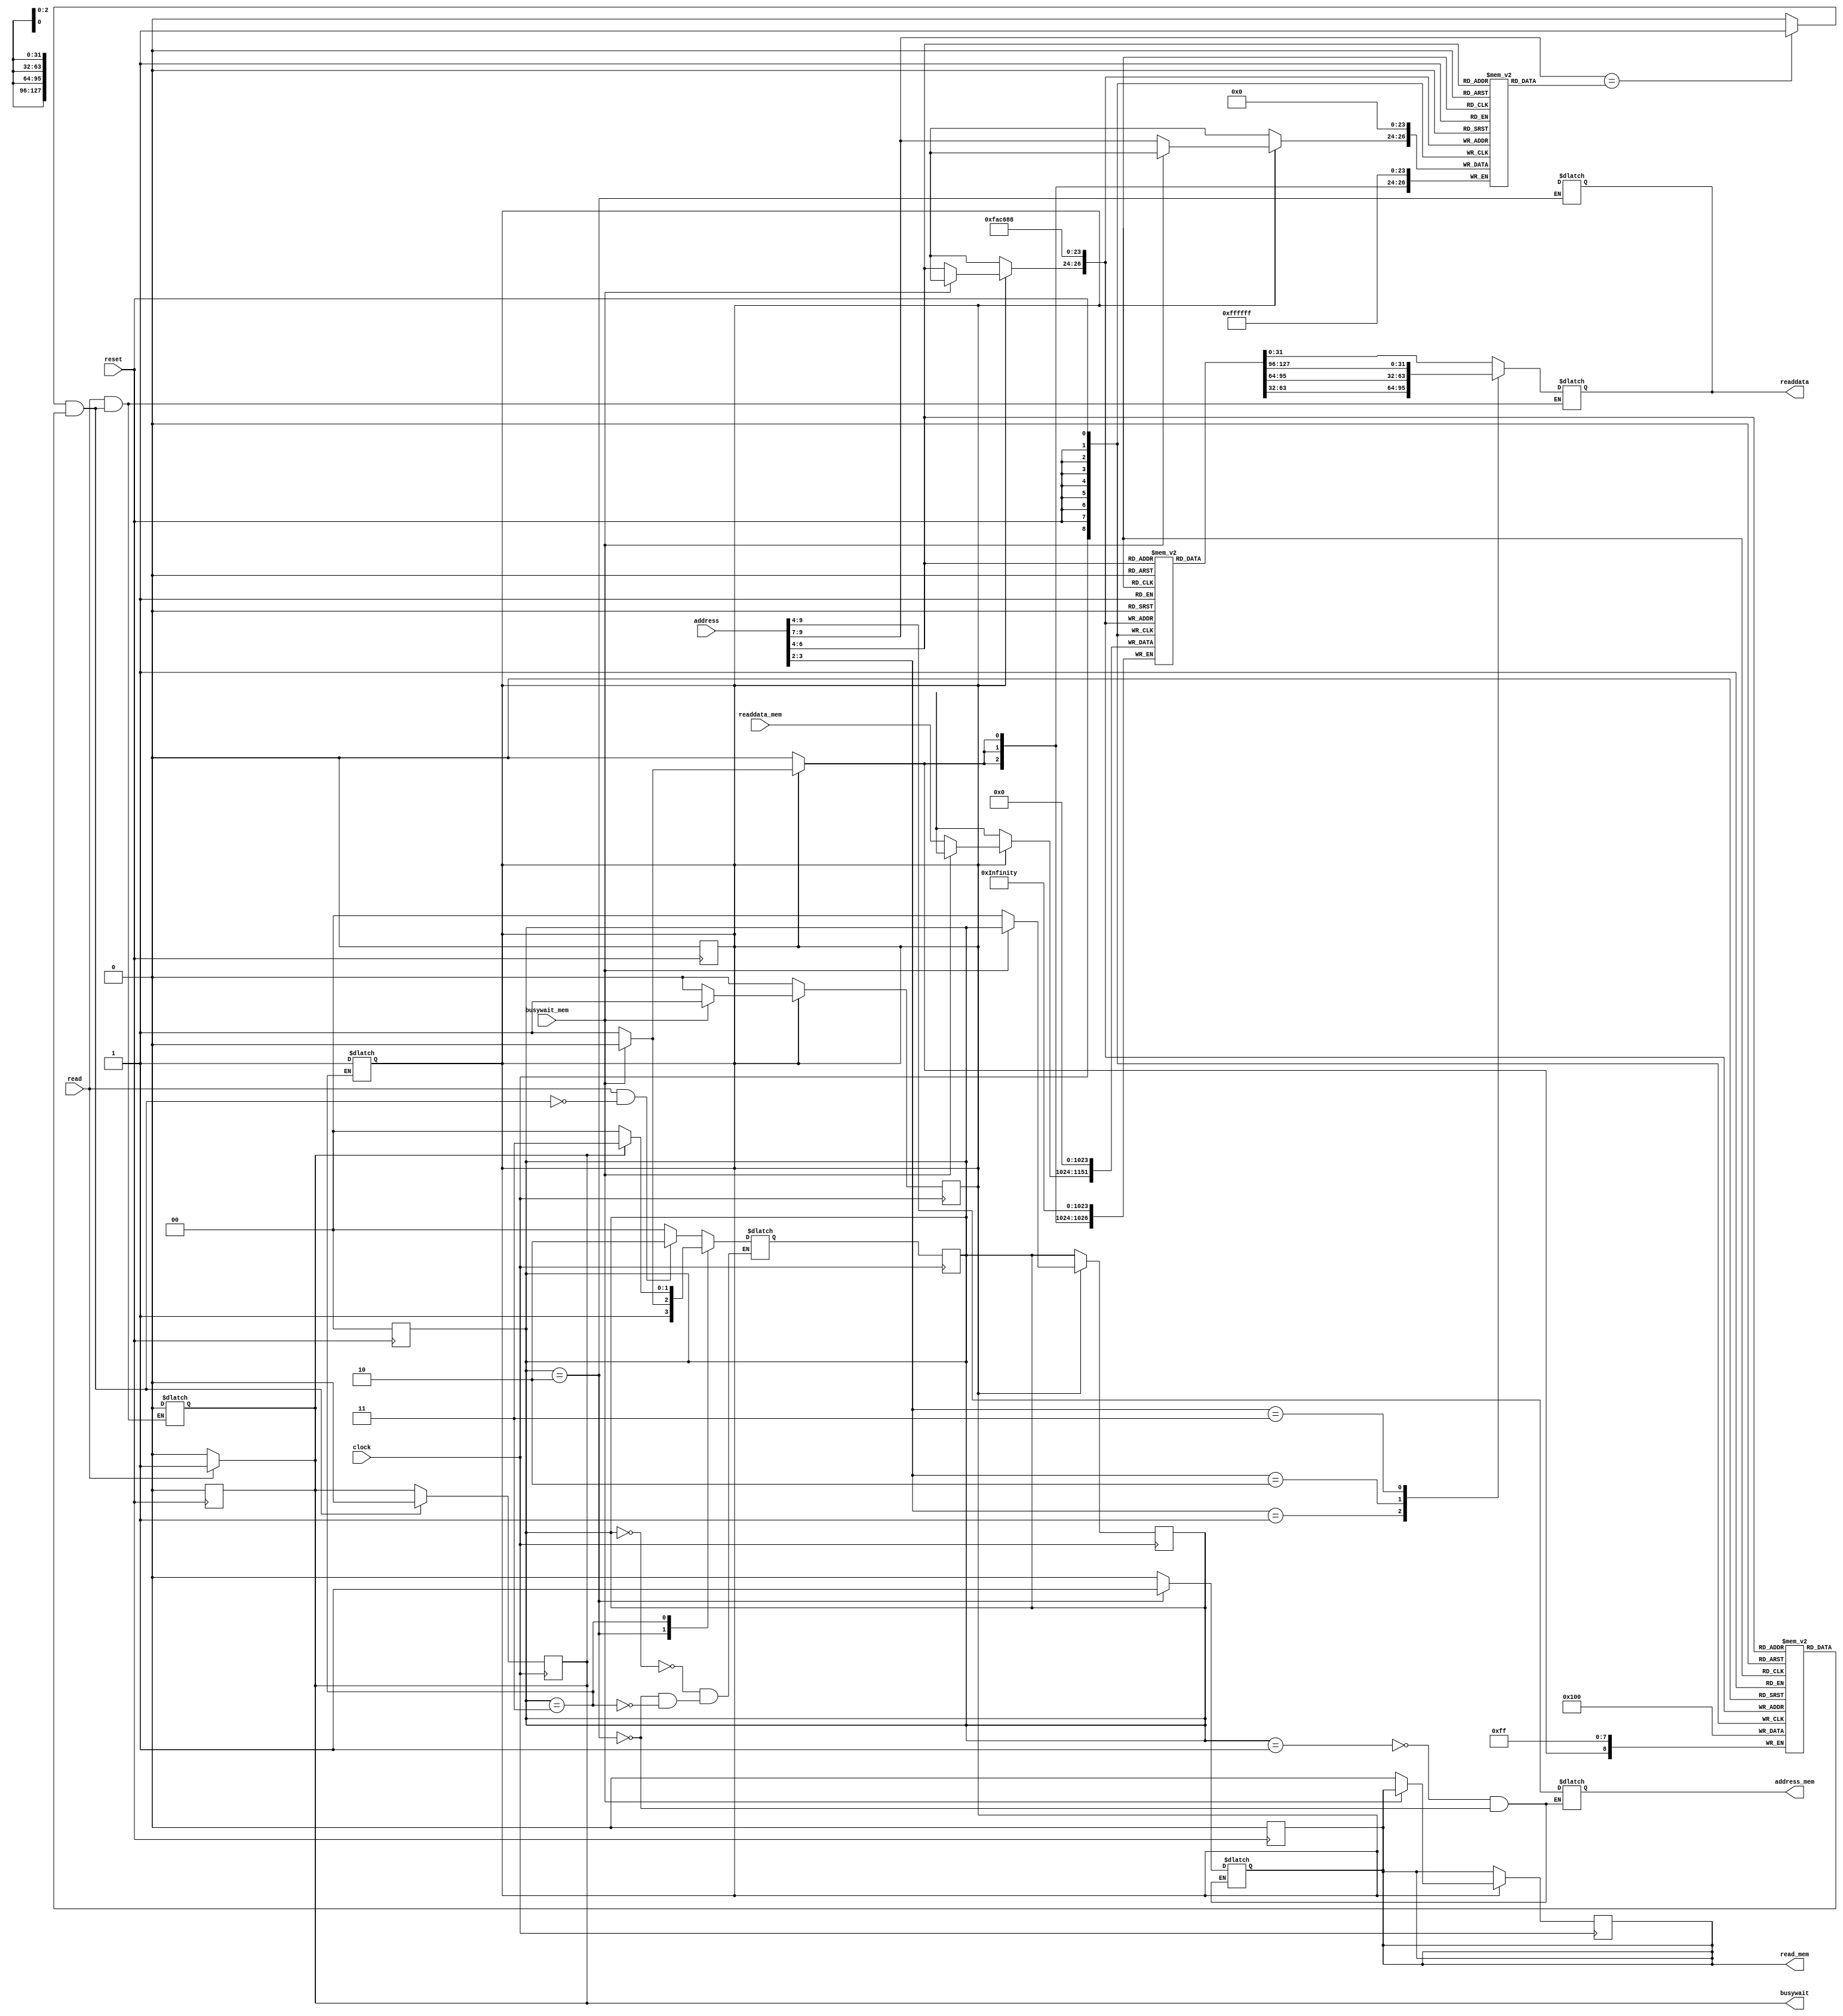
module instruction_cache(clock,reset,read,address,readdata,busywait,
				    read_mem,address_mem,readdata_mem,busywait_mem);
	//declare inputs and outputs
	input clock,reset,read,busywait_mem;
	input [9:0] address;
	output reg [31:0] readdata;
	output reg busywait,read_mem;
	output reg [5:0] address_mem;
	input [127:0] readdata_mem;

	//declare arrays
	reg [127:0] instruction [7:0];
	reg [2:0] tag_array [7:0];
	reg valid_array [7:0];

	wire valid,tag_comparison;
	wire [127:0] ins_block;
	wire [2:0] index,tag,tag_in;
	wire [1:0] offset;
	wire [31:0] instruction4, instruction3, instruction2, instruction1;
	//extract tag, index and offset from address
	assign {tag_in,index,offset} = address [9:2];
	// get validity , dirty , tag ,and cache block for current inputs
	assign #1 {valid, tag, ins_block} = {valid_array[index], tag_array[index],instruction[index]};
	// compare that given tag with tag in cache
	assign #0.9 tag_comparison = (tag_in == tag)?1 : 0;
	//extract instructions from current block
	assign #1 {instruction4, instruction3, instruction2, instruction1} = ins_block;

	wire hit;
	// check for hit
	assign hit = tag_comparison & valid;

	wire [127:0] readdata_mem;
	wire busywait_mem;

	//assign busywait if cache memory or data memory on work
	always @(read)
	begin
		busywait = (read)? 1 : 0;
	end
	//reading values in cache
	always @(*)
	begin
		#1.1
		if(read && hit)begin
			case(offset)
				2'd0:	 readdata = instruction1;
				2'd1:	 readdata = instruction2;
				2'd2:	 readdata = instruction3;
				2'd3:	 readdata = instruction4;
			endcase
			busywait = 0;
		end
	end


	always @(posedge clock) begin
		//zero the busywait if work id done
		if(hit) begin
			busywait = 1'b0;
		end
		//set states forward
		state = next_state;
	end

	reg write_block;
	// write a block to cache
	always @(posedge clock) begin
		if(write_block)begin
			if(!busywait_mem) begin
				#1;
				tag_array[index] = tag_in;
				instruction[index] = readdata_mem;
				valid_array[index] = 1;
				//set values to intial state if it is not a write
				state = INTIAL;
				read_mem = 0;
				write_block = 1'b0;
			end
		end
	end


	//State machine//
	//assign parameters for states
	parameter INTIAL=0,READ_CACHE=1,READ_MEMORY=2,WRITE_CACHE=3;
	reg [1:0] state,next_state;

	always @(*)
	begin
	
	// handle next state with time
	case(state)
		//initial state
		INTIAL:begin
			if(read && !hit)
				next_state = READ_MEMORY;
			else
				next_state = INTIAL;
		end
		//read memory state
		READ_MEMORY:begin
			if(!busywait_mem)
				next_state = WRITE_CACHE;
			else
				next_state = READ_MEMORY;
		end
		//write cache state
		WRITE_CACHE:begin
			if(!busywait)
				next_state = INTIAL;
			else
				next_state = WRITE_CACHE;
		end
	endcase
	end

	//assign control signals according to states
	always @(*)
	begin
	case(state)
		READ_CACHE:begin
			read_mem = 0;
			address_mem = 6'dx;
		end
		//read cache state
		READ_MEMORY:begin
			read_mem = 1;
			address_mem = {tag_in,index};
			readdata = 32'dx;
		end
		//write cache state
		WRITE_CACHE:begin
			write_block = 1'b1;
		end
	endcase
	end
	integer i;
	always @(posedge reset)
	begin
	    if (reset)
	    begin
	        for (i=0;i<8; i=i+1)begin
	            instruction[i] = 0;
	            valid_array[i] = 0;
	            tag_array[i] = 0;
	        end
	    end
	    //set values to initial
	    busywait = 0;
		read_mem = 0;
		state = INTIAL;
		write_block = 1'b0;
	end

endmodule